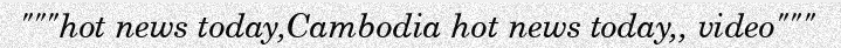
"""hot news today,Cambodia hot news today,, video"""